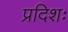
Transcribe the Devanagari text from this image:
प्रदिशः